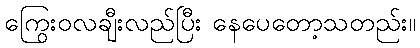
ကြွေးဝလချီးလည်ပြီး နေပေတော့သတည်း။